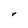
Character: v